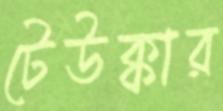
টেউক্কার